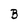
Character: B